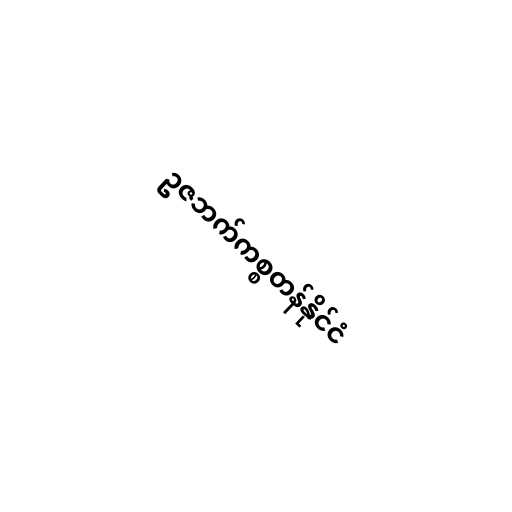
ဥဇဘက်ကစ္စတန်နိုင်ငံ